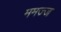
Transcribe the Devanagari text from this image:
ममज्ज